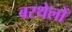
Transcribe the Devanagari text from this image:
बरथेलों